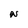
Character: N